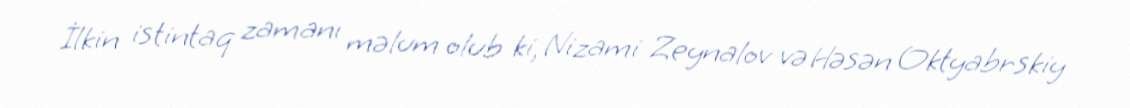
İlkin istintaq zamanı məlum olub ki, Nizami Zeynalov və Həsən Oktyabrskiy